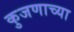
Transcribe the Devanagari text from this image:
कुजणाच्या